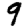
Digit: 9